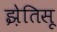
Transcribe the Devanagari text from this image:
झ़ेतिसू